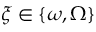
\boldsymbol { \xi } \in \{ \boldsymbol { \omega } , \boldsymbol { \Omega } \}